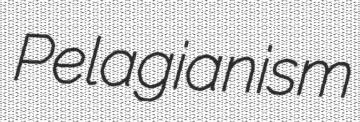
Pelagianism